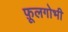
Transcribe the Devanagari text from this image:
फ़ूलगोभी